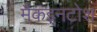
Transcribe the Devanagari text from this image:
मैकइनटोश